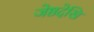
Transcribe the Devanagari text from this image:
जेष्ठदेखि